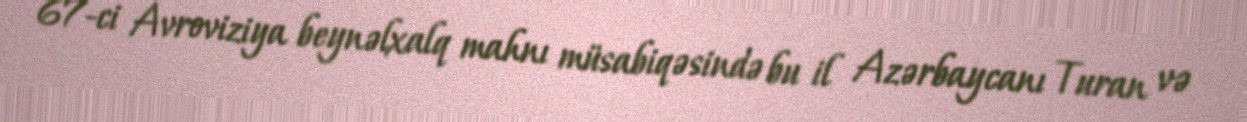
67-ci Avroviziya beynəlxalq mahnı müsabiqəsində bu il Azərbaycanı Turan və